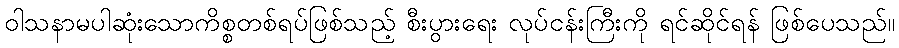
ဝါသနာမပါဆုံးသောကိစ္စတစ်ရပ်ဖြစ်သည့် စီးပွားရေး လုပ်ငန်းကြီးကို ရင်ဆိုင်ရန် ဖြစ်ပေသည်။